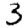
Digit: 3